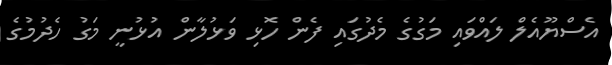
އެސްޔޫއެލް ލައްވައި މަގުގެ މެދުގައި ފެން ހޮޅި ވަޅުލާން އުޅުނީ މަގު ހެދުމުގެ